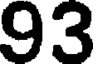
93